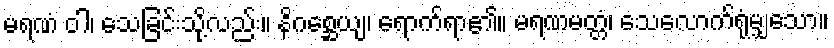
မရဏံ ဝါ၊ သေခြင်းသို့လည်း။ နိဂစ္ဆေယျ၊ ရောက်ရာ၏။ မရဏမတ္တံ၊ သေလောက်ရုံမျှသော။